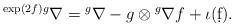
LaTeX: \begin{align*}{}^{\exp(2f)g}\nabla={}^g\nabla-g\otimes{}^g\nabla f+\iota(\d f).\end{align*}